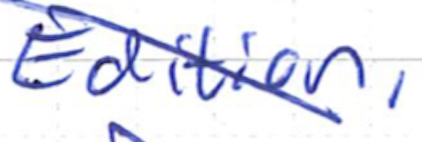
Text: Edition,
Cross-out: diagonal
Writing tool: ballpoint